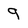
Character: 9